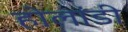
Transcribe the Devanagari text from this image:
होलांडी